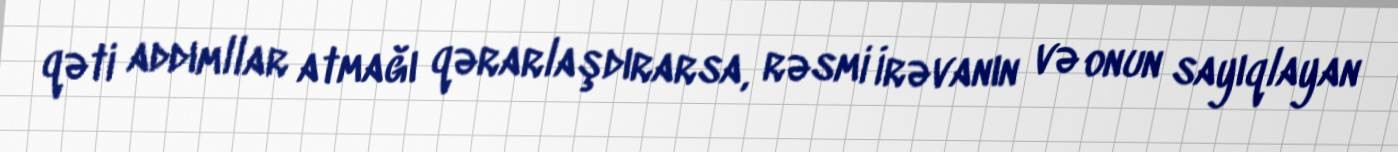
qəti addımllar atmağı qərarlaşdırarsa, rəsmi İrəvanın və onun sayıqlayan